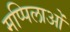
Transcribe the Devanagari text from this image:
मप्पिलाओं